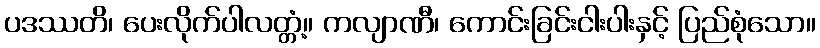
ပဒဿတိ၊ ပေးလိုက်ပါလတ္တံ့။ ကလျာဏီ၊ ကောင်းခြင်းငါးပါးနှင့် ပြည်စုံသော။